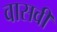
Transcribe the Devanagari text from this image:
वासवी